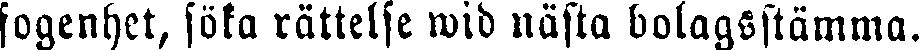
fogenhet, söka rättelse wid nästa bolagsstämma.